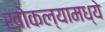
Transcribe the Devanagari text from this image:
खोकल्यामध्ये